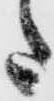
た